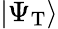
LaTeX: |\Psi_{\mathrm{T}}\rangle